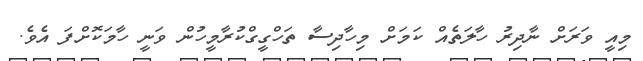
މިއީ ވަރަށް ނާދިރު ހާލަތެއް ކަމަށް މިހާދިސާ ތަހްގީގްކުރާމީހުން ވަނީ ހާމަކޮށްފަ އެވެ.